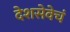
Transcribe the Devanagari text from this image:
देशसेवेचं